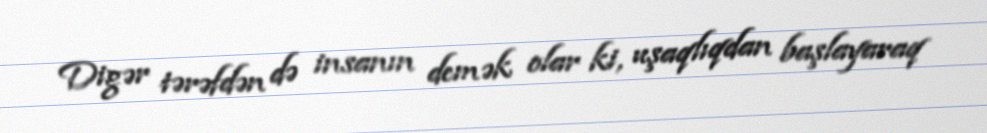
Digər tərəfdən də insanın demək olar ki, uşaqlıqdan başlayaraq